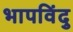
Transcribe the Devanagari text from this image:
भापविंदु